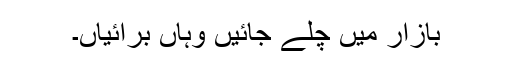
بازار میں چلے جائیں وہاں برائیاں۔